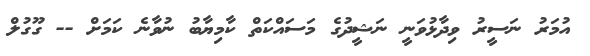
އުމަރު ނަސީރު ވިދާޅުވަނީ ނަޝީދުގެ މަސައްކަތް ކާމިޔާބު ނުވާނެ ކަމަށް -- ގޫގުލް